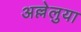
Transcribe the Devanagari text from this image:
अल्लेलुया